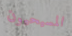
المسيحيون